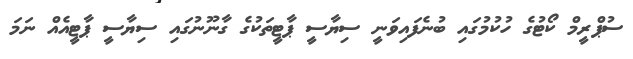
ސުޕްރީމް ކޯޓުގެ ހުކުމުގައި ބުނެފައިވަނީ ސިޔާސީ ޕާޓީތަކުގެ ގާނޫނުގައި ސިޔާސީ ޕާޓީއެއް ނަމަ